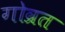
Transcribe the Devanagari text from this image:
गोव्रत